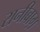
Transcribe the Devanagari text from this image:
रानीबाग़